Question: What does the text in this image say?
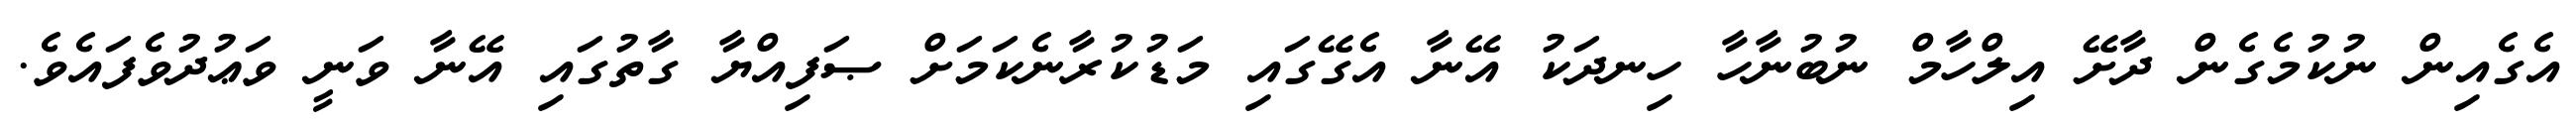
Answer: އެގެއިން ނުކުމެގެން ދާށޭ އިލްހާމް ނުބުނާހާ ހިނދަކު އޭނާ އެގޭގައި މަޑުކުރާނެކަމަށް ޞަފިއްޔާ ގާތުގައި އޭނާ ވަނީ ވަޢުދުވެފައެވެ.